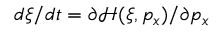
d \xi / d t = \partial \mathcal { H } ( \xi , p _ { x } ) / \partial p _ { x }